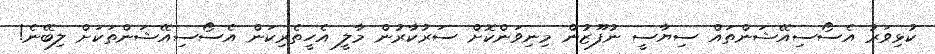
ކުޅިވަރު އެސޯސިއޭޝަންތައް ސިޔާސީ ނުފޫޒުން މިނިވަންކޮށް ސަރުކާރުން މާލީ އެހީތެރިކަން އެސޯސިއޭޝަންތަކަށް ލިބޭނެ!